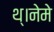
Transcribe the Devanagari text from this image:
थ्।नेमे